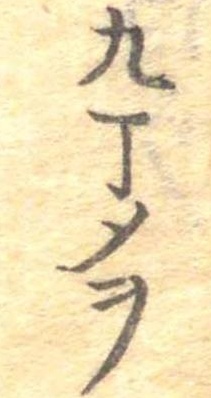
九丁メヲ